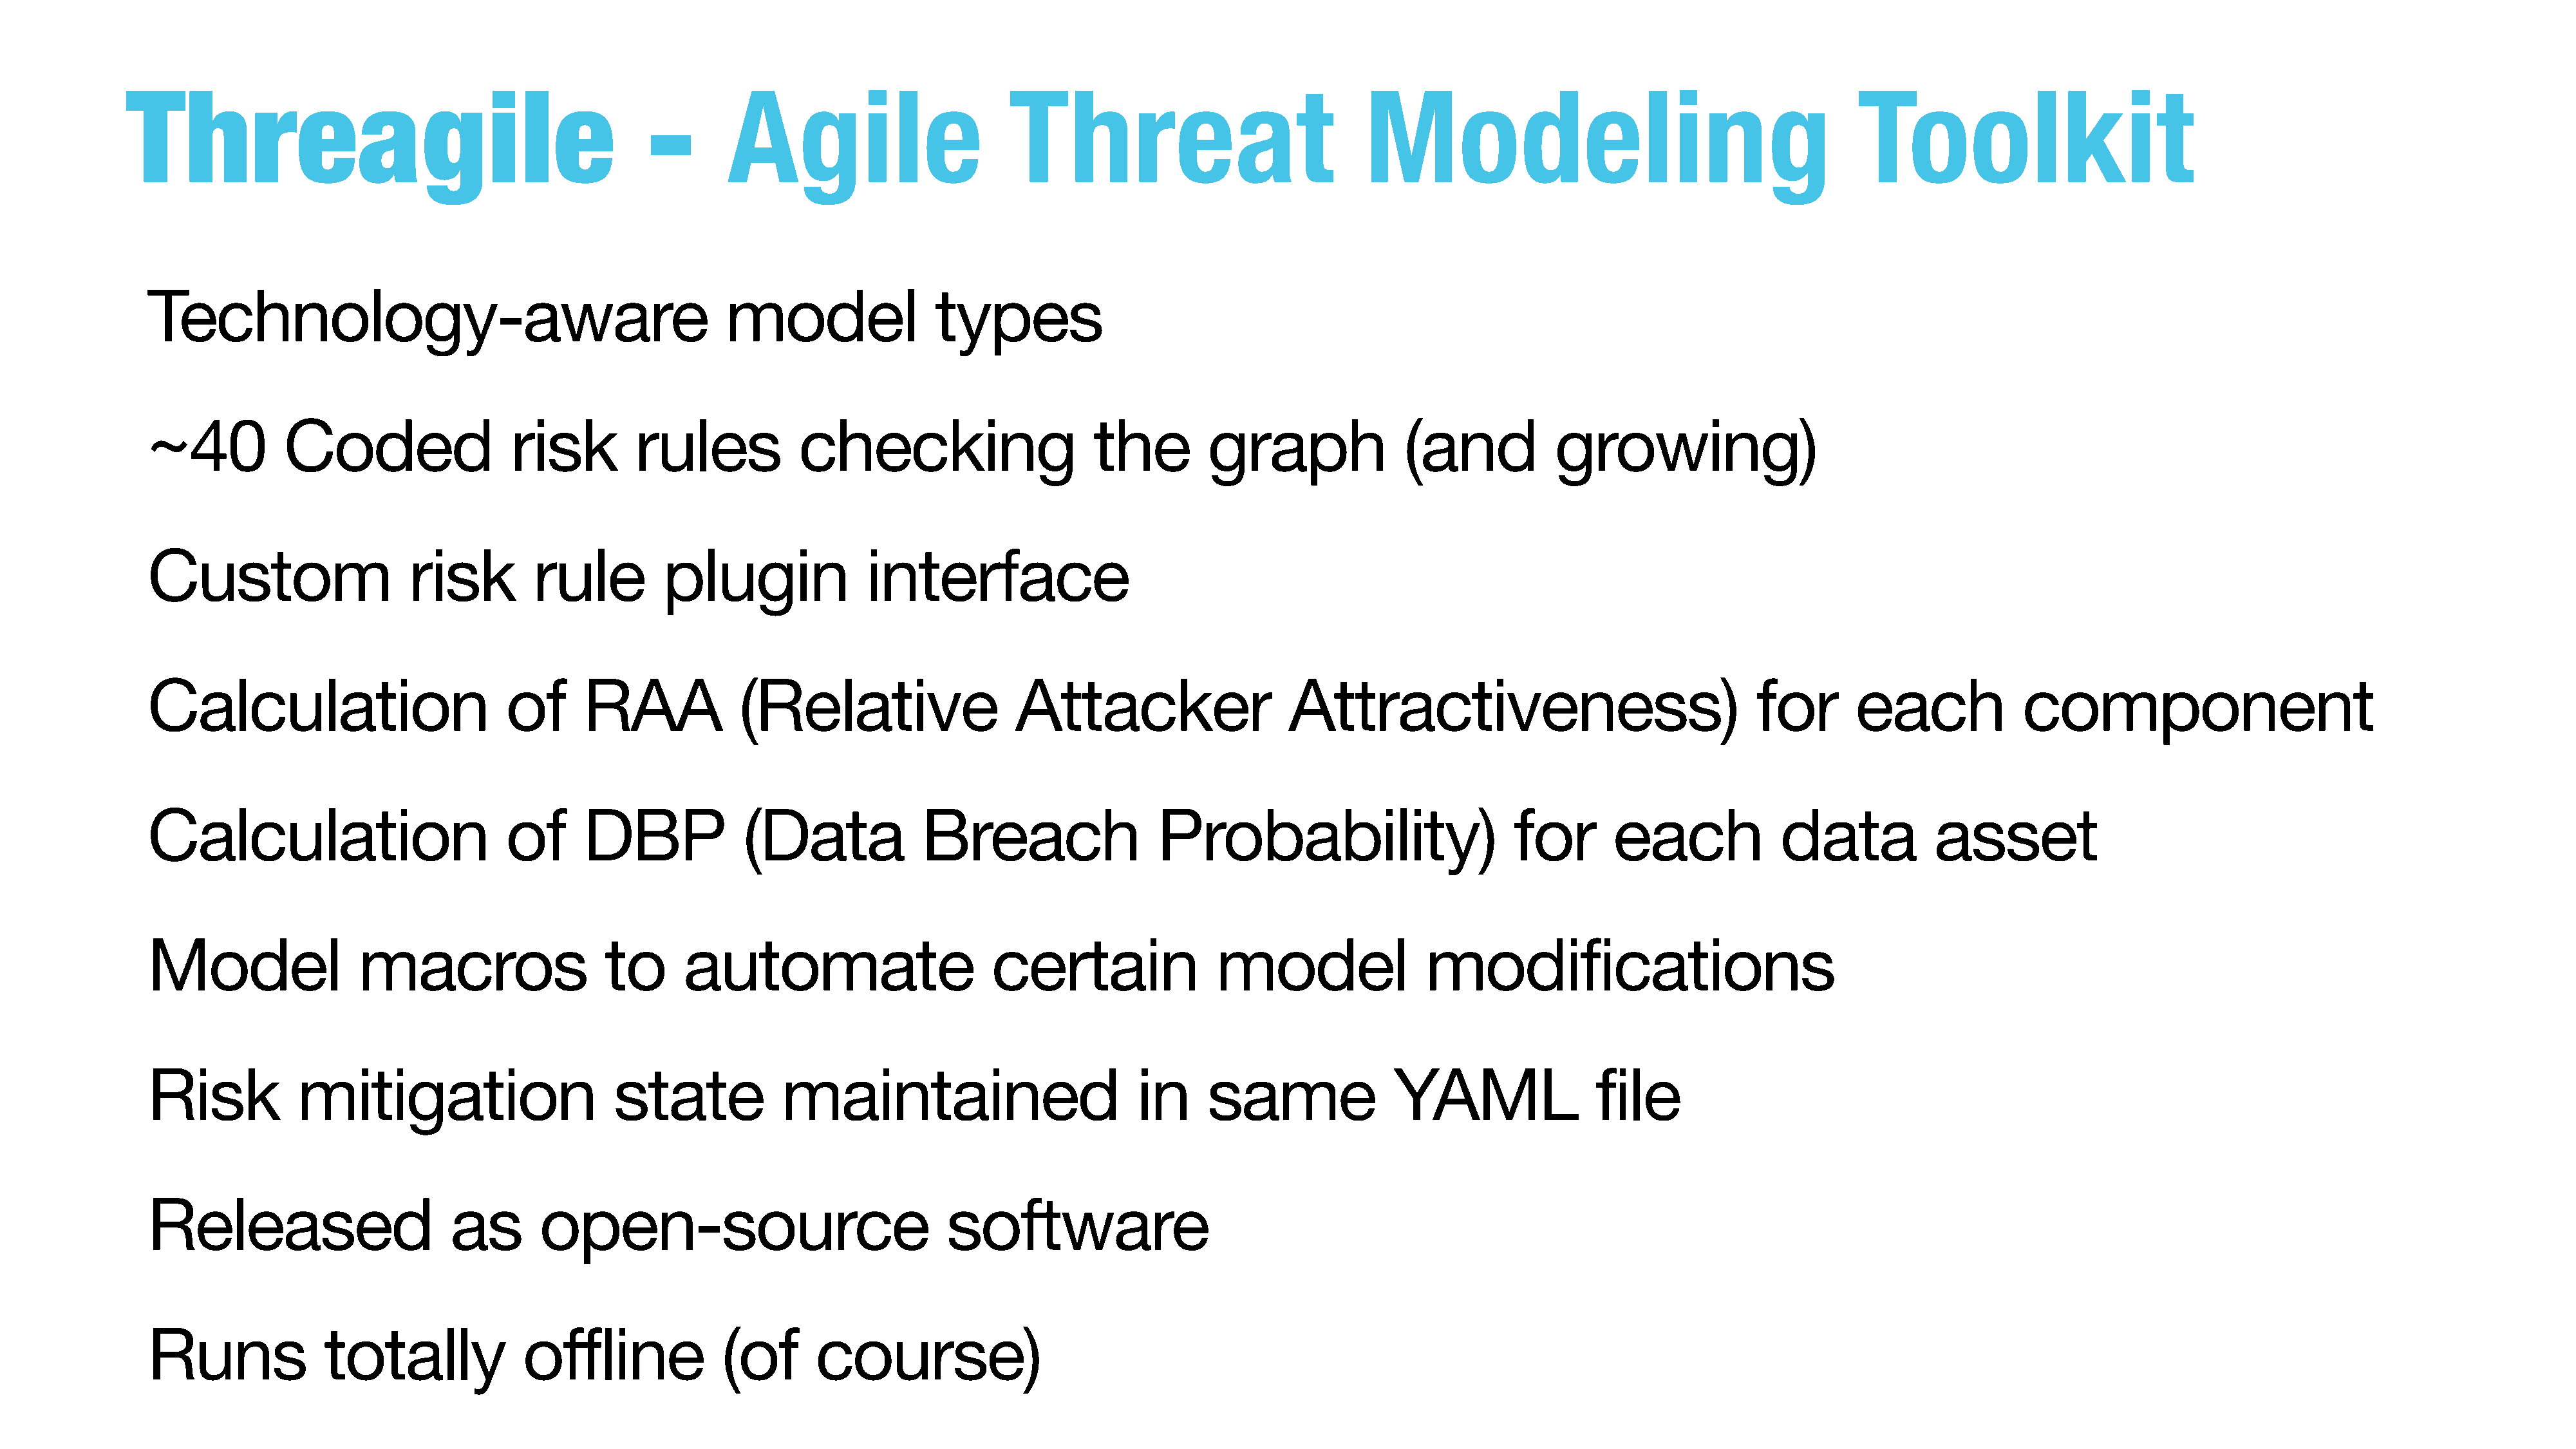
Threagile                                             -       Agile                        Threat                              Modeling                                           Toolkit
 Technology-aware                                            model                types
 ~40           Coded                  risk         rules            checking                      the         graph               (and            growing)
 Custom                     risk         rule         plugin               interface
 Calculation                          of      RAA             (Relative                   Attacker                    Attractiveness)                                  for       each             component
 Calculation                          of      DBP             (Data              Breach                  Probability)                         for       each             data            asset
 Model                 macros                   to      automate                        certain                model                 modifications
 Risk            mitigation                      state            maintained                           in     same               YAML                 file
 Released                       as       open-source                               software
 Runs              totally              offline             (of       course)